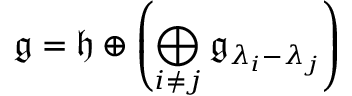
{ \mathfrak { g } } = { \mathfrak { h } } \oplus \left( \bigoplus _ { i \neq j } { \mathfrak { g } } _ { \lambda _ { i } - \lambda _ { j } } \right)